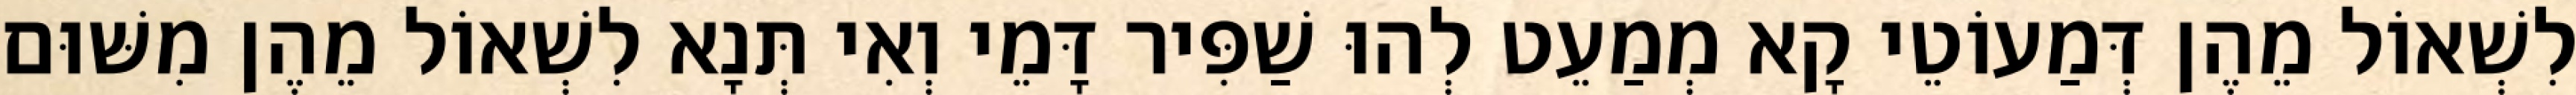
לִשְׁאוֹל מֵהֶן דְּמַעוֹטֵי קָא מְמַעֵט לְהוּ שַׁפִּיר דָּמֵי וְאִי תְּנָא לִשְׁאוֹל מֵהֶן מִשּׁוּם